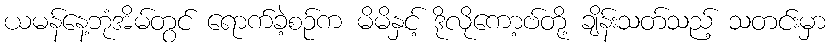
ယမန်နေ့ဘုံအိမ်တွင် ရောက်ခဲ့စဉ်က မိမိနှင့် ဒိုလိုကော့ဗ်တို့ ချိန်းသတ်သည့် သတင်းမှာ